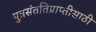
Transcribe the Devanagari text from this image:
पुत्रसंततिप्राप्तीसाठी